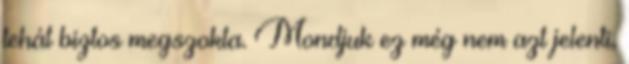
tehát biztos megszokta. Mondjuk ez még nem azt jelenti,